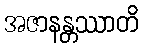
အဇာနန္တဿာတိ